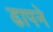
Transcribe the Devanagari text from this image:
ढापने